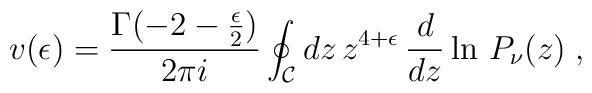
v(\epsilon)=\frac{\Gamma(-2-{\epsilon \over 2})}{2\pi i}\oint_{\mathcal  C}dz\,z^{4+\epsilon}\,\frac{d}{dz}\ln \,P_\nu(z)\;,